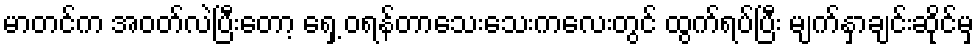
မာတင်က အဝတ်လဲပြီးတော့ ရှေ့ ဝရန်တာသေးသေးကလေးတွင် ထွက်ရပ်ပြီး မျက်နှာချင်းဆိုင်မှ